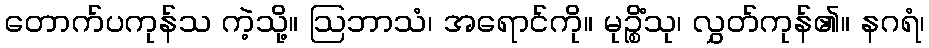
တောက်ပကုန်သ ကဲ့သို့။ ဩဘာသံ၊ အရောင်ကို။ မုဉ္စိံသု၊ လွှတ်ကုန်၏။ နဂရံ၊